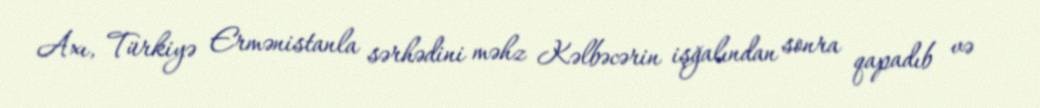
Axı, Türkiyə Ermənistanla sərhədini məhz Kəlbəcərin işğalından sonra qapadıb və